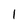
Character: 1